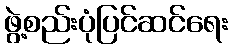
ဖွဲ့စည်းပုံပြင်ဆင်ရေး